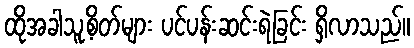
ထိုအခါသူ့စိတ်များ ပင်ပန်းဆင်းရဲခြင်း ရှိလာသည်။